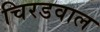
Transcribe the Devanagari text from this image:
चिरडवाल